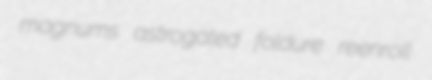
magnums astrogated foldure reenroll